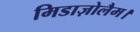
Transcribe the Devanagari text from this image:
मिडाज़ोलैम।